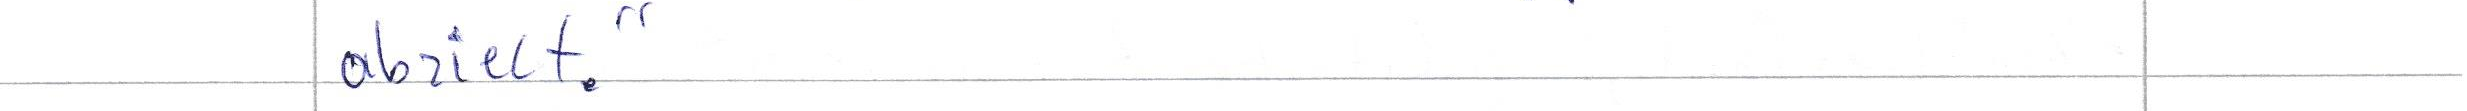
abzielt. "